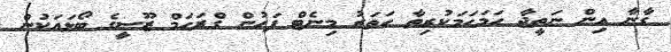
ގާނާ އިން ނަތީޖާ ހަމަހަމަކުރިތާ ހަތަރު މިނެޓް ފަހުން ގްރަހަމް ޒޫސީގެ ބޯޅައަކުން